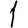
Digit: 1